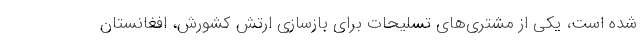
شده است، یکی از مشتری‌های تسلیحات برای بازسازی ارتش کشورش، افغانستان